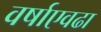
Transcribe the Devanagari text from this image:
वर्षाएवढा